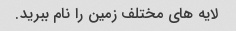
لایه های مختلف زمین را نام ببرید.